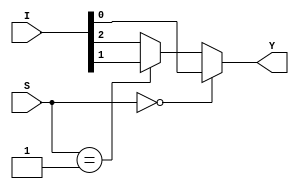
`timescale 1ns / 1ps
//////////////////////////////////////////////////////////////////////////////////
// Company: 
// Engineer: 
// 
// Design Name: 
// Module Name: Mux_3x1_bm
// Project Name: 
// Target Devices: 
// Tool Versions: 
// Description: 
// 
// Dependencies: 
// 
// Revision:
// Revision 0.01 - File Created
// Additional Comments:
// 
//////////////////////////////////////////////////////////////////////////////////


module Mux_3x1_bm(
input [2:0]I,
input [1:0]S,
output reg Y
    );
    always@(I,S)
    begin
        if(S==2'b00)
        Y=I[0];
        else if(S==2'b01)
        Y=I[1];
        else
        Y=I[2];
    end
endmodule